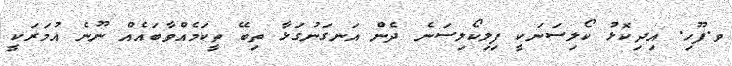
ވ.ފޫހި. އިދިކޮޅު ކޯލިސަނަކީ ފިލިކޯލިސަނެ ދެން އަނގަނުގަޅާ ތިބޭ ތީކަމެއްވާބައެއް ނޫނެ އުމަރަކީ